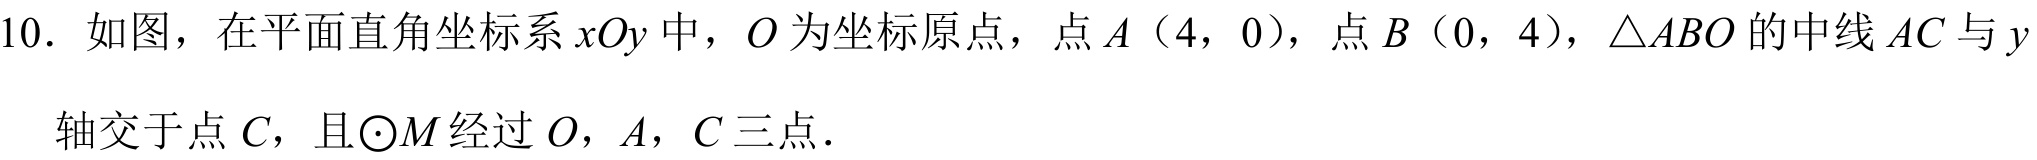
10. 如图，在平面直角坐标系\(xOy\)中，\(O\)为坐标原点，点\(A(4,0)\)，点\(B(0,4)\)，\(\triangle ABO\)的中线\(AC\)与\(y\)轴交于点\(C\)，且\(\odot M\)经过\(O\)，\(A\)，\(C\)三点．